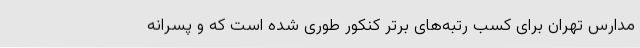
مدارس تهران برای کسب رتبه‌های برتر کنکور طوری شده است که و پسرانه